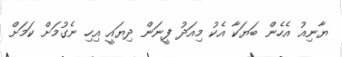
ޔާނިއު އެހެން ބަޔަކާ އެކު މިއަދު ފީނަން ދިޔައީ އިހި ނެގުމަށް ކަމަށް